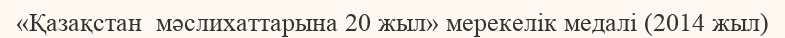
«Қазақстан  мәслихаттарына 20 жыл» мерекелік медалі (2014 жыл)